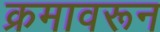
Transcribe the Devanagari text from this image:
क्रमावरून